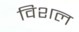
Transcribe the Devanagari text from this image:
विशल